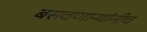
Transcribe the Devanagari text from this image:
बसवणाऱ्यांनीच